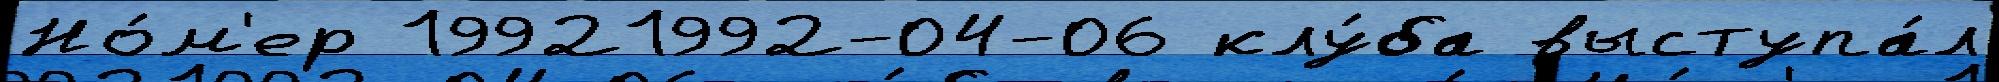
Но́м'ер 19921992-04-06 клу́ба выступа́л